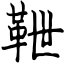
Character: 靾